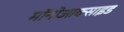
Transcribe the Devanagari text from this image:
मॉनोआक्साइड